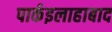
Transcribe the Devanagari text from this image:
पार्कइलाहाबाद